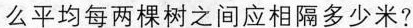
么平均每两棵树之间应相隔多少米?